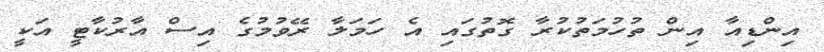
އިންޑިއާ އިން ތުހުމަތުކުރާ ގޮތުގައި އެ ހަމަލާ ރޭވުމުގެ އިސް އާރުކާޓީ އަކީ